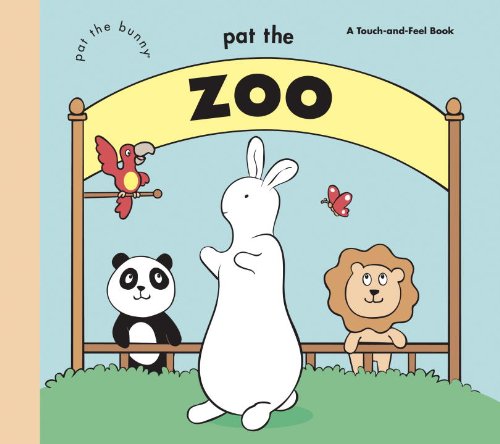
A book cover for Pat the Zoo (Pat the Bunny) (Touch-and-Feel); Golden Books; Children's Books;